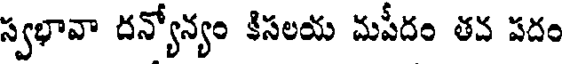
స్వభావా దన్యోన్యం కిసలయ మపీదం తవ పదం